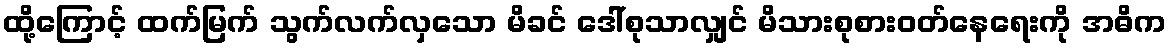
ထို့ကြောင့် ထက်မြက် သွက်လက်လှသော မိခင် ဒေါ်စုသာလျှင် မိသားစုစားဝတ်နေရေးကို အဓိက